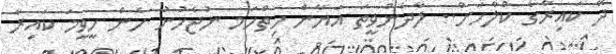
ދޭ ކައިރާގެ ކްލާހަށް.. ލާދެންވީތަ އަޔާން ހިތްހަމ ނުޖެހުނު ހެން ހީވީމަ ކައިރާ